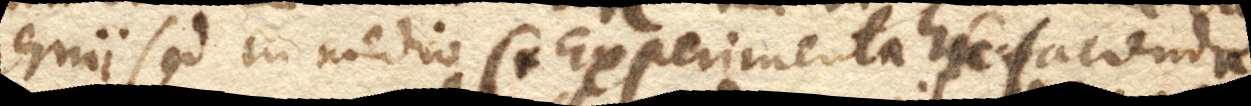
chnii sed in medio. (+ Experimenta hic facienda.